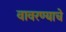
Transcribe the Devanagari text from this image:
वावरण्याचे